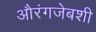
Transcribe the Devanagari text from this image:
औरंगजेबशी